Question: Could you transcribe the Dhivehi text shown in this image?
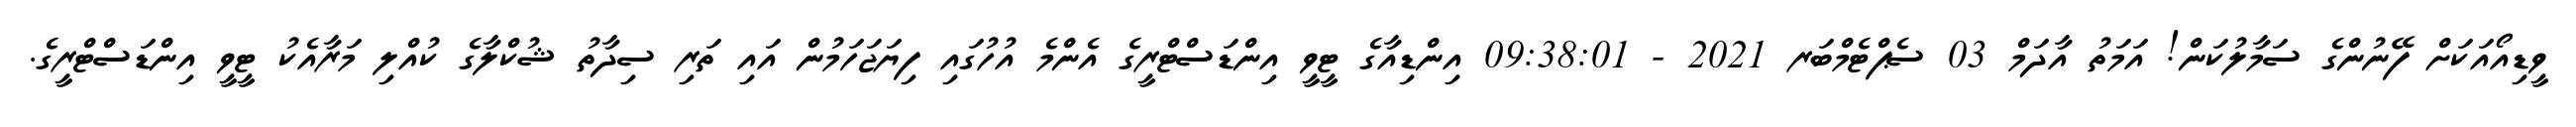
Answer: ވީޑިއޯއަކަށް ފޭނުންގެ ސަމާލުކަން! އަމަތު އާދަމް 03 ސެޕްޓެމްބަރ 2021 - 09:38:01 އިންޑިއާގެ ޓީވީ އިންޑަސްޓްރީގެ އެންމެ އުހުގައި ފިޔަޖަހަމުން އައި ތަރި ސިދާތު ޝުކްލާގެ ކުއްލި މަރާއެކު ޓީވީ އިންޑަސްޓްރީގެ.